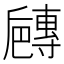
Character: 𡭐